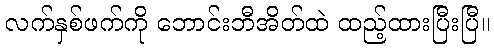
လက်နှစ်ဖက်ကို ဘောင်းဘီအိတ်ထဲ ထည့်ထားပြီးပြီ။